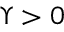
\Upsilon > 0